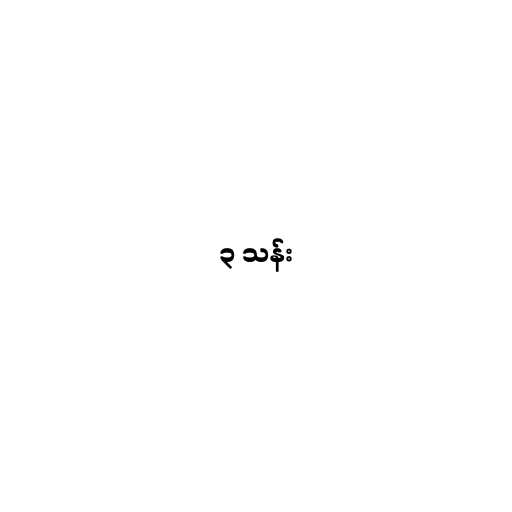
၃ သန်း